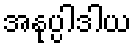
အနုပ္ပါဒါယ